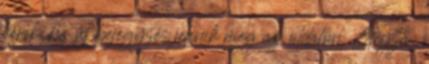
kérek, ha új bejegyzés jelenik meg az oldalon. Geyza: